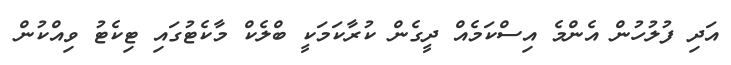
އަދި ފުލުހުން އެންމެ އިސްކަމެއް ދީގެން ކުރާކަމަކީ ބްލެކް މާކެޓުގައި ޓިކެޓު ވިއްކުން